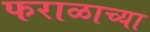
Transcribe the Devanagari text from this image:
फराळाच्या